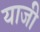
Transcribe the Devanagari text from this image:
याजी